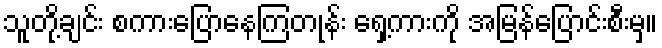
သူတို့ချင်း စကားပြောနေကြတုန်း ရှေ့ကားကို အမြန်ပြောင်းစီးမှ။